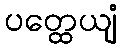
ပတ္ထေယျံ